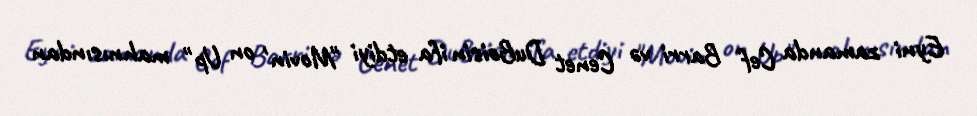
Eyni zamanda Cef Barri və Cenet DuBoisin ifa etdiyi "Movin' on Up" mahnısından